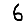
Digit: 6